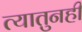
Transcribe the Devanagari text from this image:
त्यातुनही